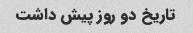
تاریخ دو روز پیش داشت